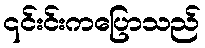
၎င်းင်းကပြောသည်